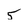
Character: 5